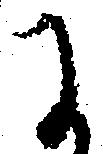
に